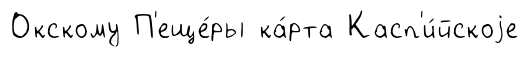
Окскому П'еще́ры ка́рта Касп'и́йскоjе